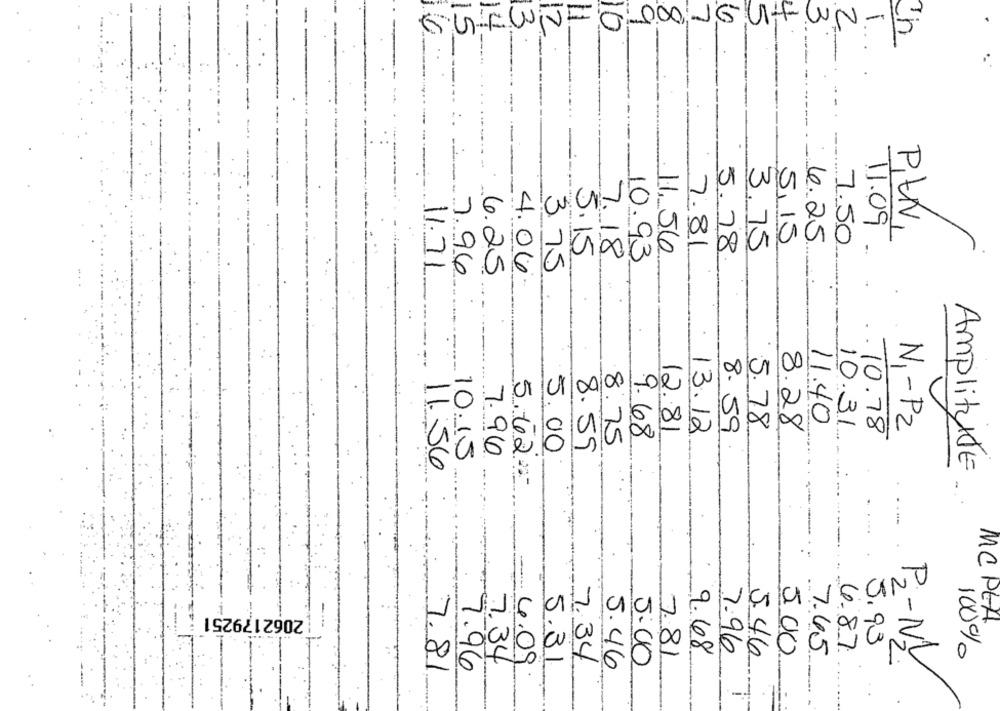
5
0
000 JGUHUN
2
-15
--..
-
PLN,
11.09
5,15
4.25
11. 56
7.81
5.78
3.75
7.50
5.15
7.18
10.93
11.71
3.75
7.96
6.25
4.06.
11.40
5.78
8.28
N1 -P2
9.68
12.81
13.12
8.59
10.31
.10.78
8.59
8:75
7.96
5.00
11.56
10.15
Amplitude
5.62-
..
2062179251
MCPLA
3.93
7.81
9.68
7.96
5.00
7.45
4.87
100%
7.34
4.09
7.34
5.46
2
P2-NY.
7.96
5.31
5.46
5:00
7.81